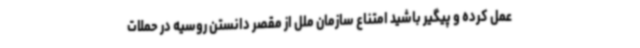
عمل کرده و پیگیر باشید امتناع سازمان ملل از مقصر دانستن روسیه در حملات